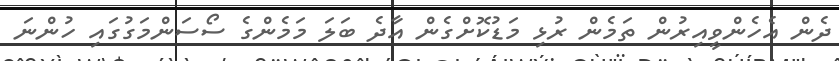
ދެން އެެހެންވީއިރުން ތަމެން ރުޅި މަޑުކޮށްގެން އާދެ ބަލަ މަމެންގެ ސޯސަންމަގުގައި ހުންނަ